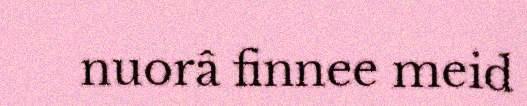
nuorâ finnee meid